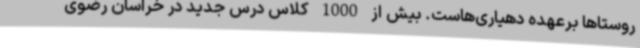
روستاها برعهده دهیاری‌هاست. بیش از 1000 کلاس درس جدید در خراسان رضوی